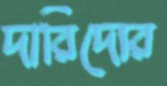
দারিদ্যের